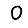
Digit: 0